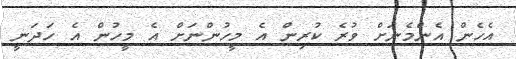
އެހެން އެންމެނަށް ވުރެ ކުރިން އެ މީހުންނަށް އެ މީހުން އެ ހަދަނީ